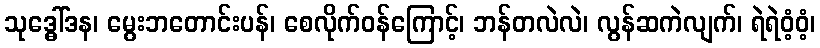
သုဒ္ဓေါ်ဒန၊ မွေးဘတောင်းပန်၊ စေလိုက်ဝန်ကြောင့်၊ ဘန်တလဲလဲ၊ လွန်ဆကဲလျက်၊ ရဲရဲဝံ့ဝံ့၊